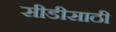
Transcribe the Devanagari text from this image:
सीडीसाठी